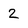
Character: 2